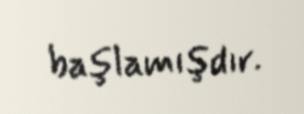
başlamışdır.